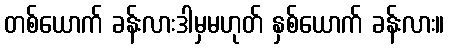
တစ်ယောက် ခန်းလားဒါမှမဟုတ် နှစ်ယောက် ခန်းလား။